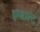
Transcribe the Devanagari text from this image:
इम्बाल्ट